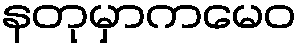
နတုမှာကမေဝ